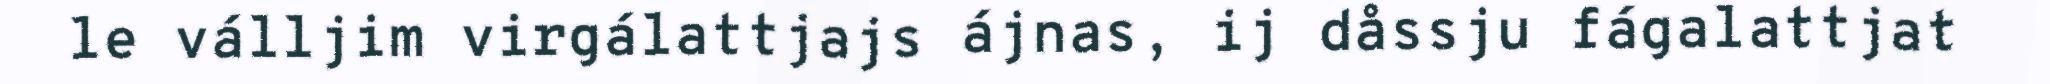
le válljim virgálattjajs ájnas, ij dåssju fágalattjat